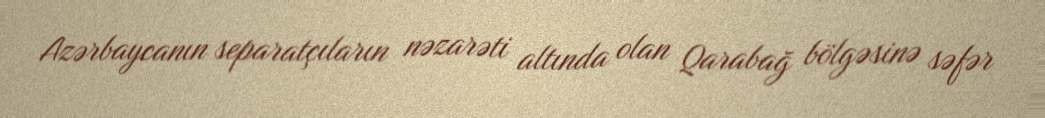
Azərbaycanın separatçıların nəzarəti altında olan Qarabağ bölgəsinə səfər